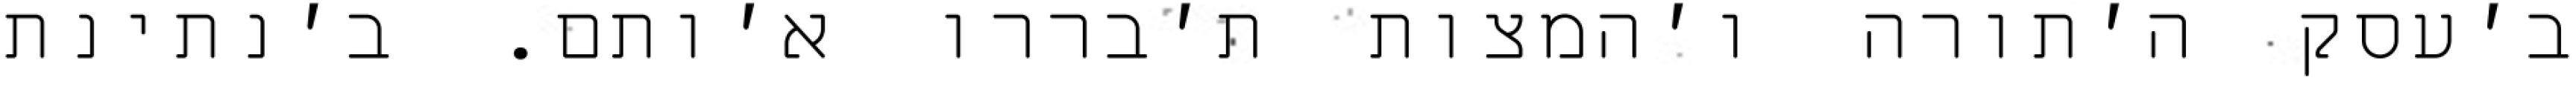
ב׳עסק ה׳תורה ו׳המצות ת׳בררו א׳ותם. ב׳נתינת